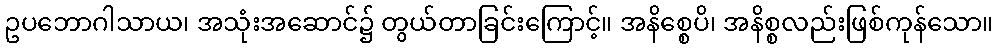
ဥပဘောဂါသာယ၊ အသုံးအဆောင်၌ တွယ်တာခြင်းကြောင့်။ အနိစ္စေပိ၊ အနိစ္စလည်းဖြစ်ကုန်သော။